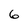
Character: 6